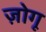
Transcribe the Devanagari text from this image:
ज़ोगू